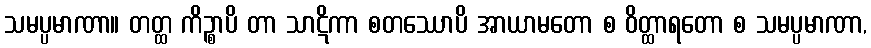
သမပ္ပမာဏာ။ တတ္ထ ကိဉ္စာပိ တာ သာဋိကာ စတဿောပိ အာယာမတော စ ဝိတ္ထာရတော စ သမပ္ပမာဏာ,